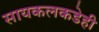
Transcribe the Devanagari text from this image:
सायकलकडेही